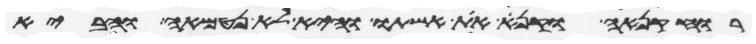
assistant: רוח קנאה וקנא את אשתו והיא לא נטמאה והביא